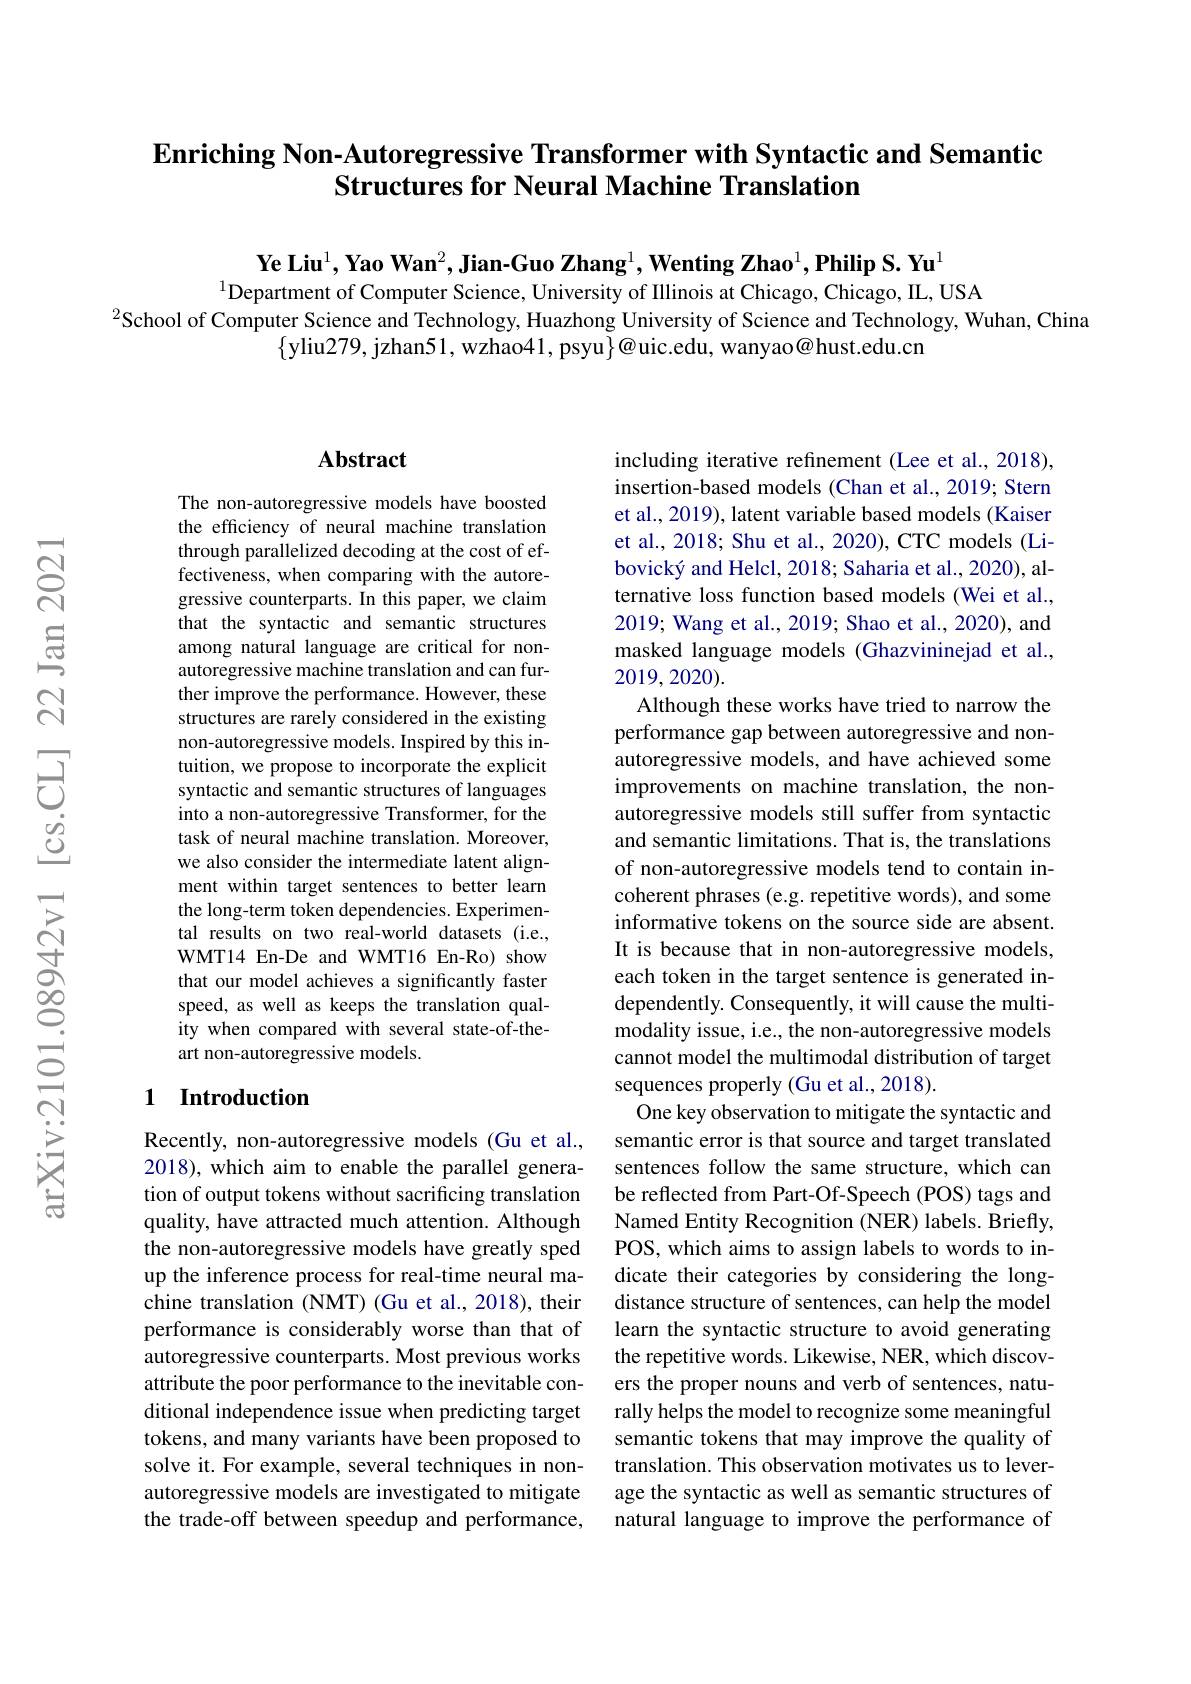
## $\textbf{Enriching Non- Autoregressive Transformer with Syntactic and Semantic}$ Structures for Neural Machine Translation

$\textbf{Ye Liu}^1,\textbf{Yao Wan}^2,\textbf{Jian-Guo Zhang}^1,\textbf{Wenting Zhao}^1,\textbf{Philip S. Yu}^1$
$^{1}$Department of Computer Science, University of Illinois at Chicago, Chicago, IL, USA
$^{2}$School of Computer Science and Technology, Huazhong University of Science and Technology, Wuhan, China
$\{$yliu279, jzhan51, wzhao41, psyu$\}@$uic.edu, wanyao@hust.edu.cn

## Abstract

The non-autoregressive models have boosted the efficiency of neural machine translation through parallelized decoding at the cost of effectiveness, when comparing with the autoregressive counterparts. In this paper, we claim that the syntactic and semantic structures among natural language are critical for nonautoregressive machine translation and can further improve the performance. However, these structures are rarely considered in the existing non-autoregressive models. Inspired by this intuition, we propose to incorporate the explicit syntactic and semantic structures of languages into a non-autoregressive Transformer, for the task of neural machine translation. Moreover, we also consider the intermediate latent alignment within target sentences to better learn the long-term token dependencies. Experimental results on two real-world datasets (i.e., WMT14 En-De and WMT16 En-Ro) show that our model achieves a significantly faster speed, as well as keeps the translation quality when compared with several state-of-theart non-autoregressive models.

## 1 Introduction

Recently, non-autoregressive models (Gu et al., 2018), which aim to enable the parallel generation of output tokens without sacrificing translation quality, have attracted much attention. Although the non-autoregressive models have greatly sped up the inference process for real-time neural machine translation (NMT) (Gu et al., 2018), their performance is considerably worse than that of autoregressive counterparts. Most previous works attribute the poor performance to the inevitable conditional independence issue when predicting target tokens, and many variants have been proposed to solve it. For example, several techniques in nonautoregressive models are investigated to mitigate the trade-off between speedup and performance,

including iterative refnement (Lee et al., 2018), insertion-based models (Chan et al., 2019; Stern et al., 2019), latent variable based models (Kaiser et al., 2018; Shu et al., 2020), CTC models (Libovický and Helcl, 2018; Saharia et al., 2020), alternative loss function based models (Wei et al., 2019; Wang et al., 2019; Shao et al., 2020), and masked language models (Ghazvininejad et al., 2019,2020).
Although these works have tried to narrow the performance gap between autoregressive and nonautoregressive models, and have achieved some improvements on machine translation, the nonautoregressive models still suffer from syntactic and semantic limitations. That is, the translations of non-autoregressive models tend to contain incoherent phrases (e.g. repetitive words), and some informative tokens on the source side are absent. It is because that in non-autoregressive models, each token in the target sentence is generated independently. Consequently, it will cause the multimodality issue, i.e., the non-autoregressive models cannot model the multimodal distribution of target sequences properly (Gu et al., 2018).
One key observation to mitigate the syntactic and semantic error is that source and target translated sentences follow the same structure, which can be reflected from Part-Of-Speech (POS) tags and Named Entity Recognition (NER) labels. Briefly, POS, which aims to assign labels to words to indicate their categories by considering the longdistance structure of sentences, can help the model learn the syntactic structure to avoid generating the repetitive words. Likewise, NER, which discovers the proper nouns and verb of sentences, naturally helps the model to recognize some meaningful semantic tokens that may improve the quality of translation. This observation motivates us to leverage the syntactic as well as semantic structures of natural language to improve the performance of